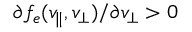
\partial f _ { e } ( v _ { \| } , v _ { \perp } ) / \partial { v _ { \perp } } > 0